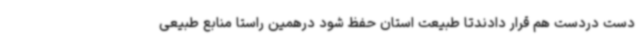
دست دردست هم قرار دادندتا طبیعت استان حفظ شود درهمین راستا منابع طبیعی